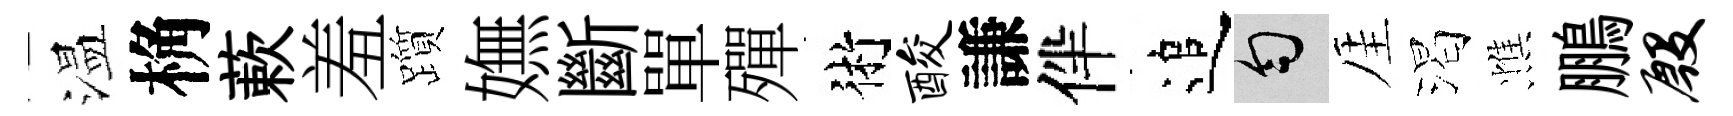
温桷蔌羞躓嫵斷單殫術酸謙伴追匀厓渴憔鵬殷